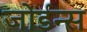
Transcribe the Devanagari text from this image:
जोर्डन्स